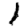
Digit: 1